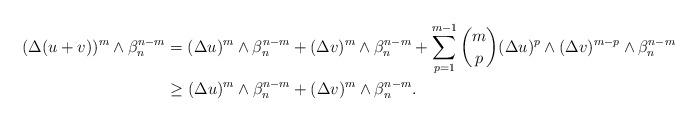
LaTeX: \begin{align*} \begin{aligned}(\Delta (u+v))^m\wedge\beta_n^{n-m}&=(\Delta u)^m\wedge\beta_n^{n-m}+(\Delta v)^m\wedge\beta_n^{n-m}+\sum\limits_{p=1}^{m-1}\binom{m}{p}(\Delta u)^p\wedge(\Delta v)^{m-p}\wedge\beta_n^{n-m}\\&\geq (\Delta u)^m\wedge\beta_n^{n-m}+(\Delta v)^m\wedge\beta_n^{n-m}.\\\end{aligned} \end{align*}